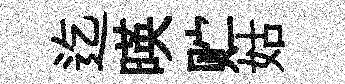
迄暎贮姑